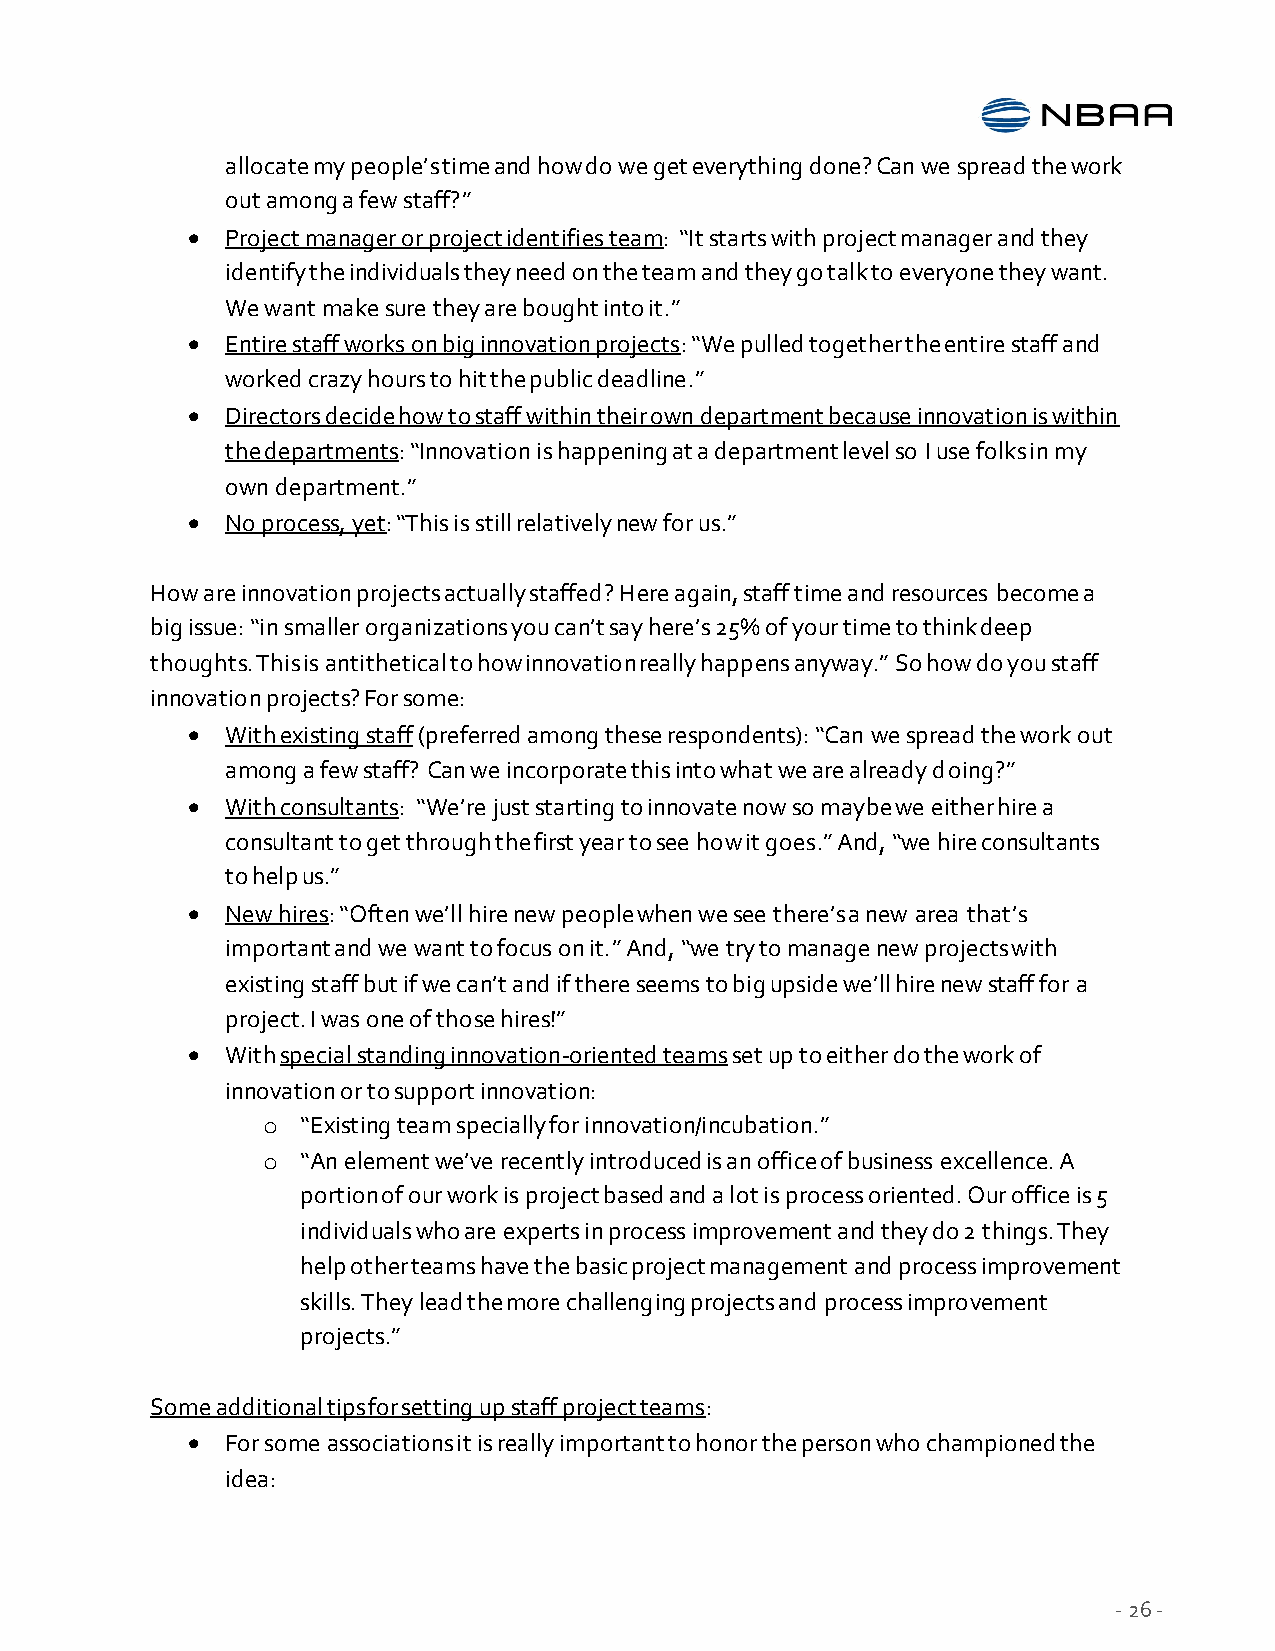
allocate my people’s time and how do we get everything done? Can we spread the work
 out among a few staff?”
   Project manager or project identifies team: “It starts with project manager and they
 identify the individuals they need on the team and they go talk to everyone they want.
 We want make sure they are bought into it.”
   Entire staff works on big innovation projects: “We pulled together the entire staff and
 worked crazy hours to hit the public deadline.”
   Directors decide how to staff within their own department because innovation is within
 the departments: “Innovation is happening at a department level so I use folks in my
 own department.”
   No process, yet: “This is still relatively new for us.”
 How are innovation projects actually staffed? Here again, staff time and resources become a
 big issue: “in smaller organizations you can’t say here’s 25% of your time to think deep
 thoughts. This is antithetical to how innovation really happens anyway.” So how do you staff
 innovation projects? For some:
   With existing staff (preferred among these respondents): “Can we spread the work out
 among a few staff? Can we incorporate this into what we are already doing?”
   With consultants: “We’re just starting to innovate now so maybe we either hire a
 consultant to get through the first year to see how it goes.” And, “we hire consultants
 to help us.”
   New hires: “Often we’ll hire new people when we see there’s a new area that’s
 important and we want to focus on it.” And, “we try to manage new projects with
 existing staff but if we can’t and if there seems to big upside we’ll hire new staff for a
 project. I was one of those hires!”
   With special standing innovation-oriented teams set up to either do the work of
 innovation or to support innovation:
 o  “Existing team specially for innovation/incubation.”
 o  “An element we’ve recently introduced is an office of business excellence. A
 portion of our work is project based and a lot is process oriented. Our office is 5
 individuals who are experts in process improvement and they do 2 things. They
 help other teams have the basic project management and process improvement
 skills. They lead the more challenging projects and process improvement
 projects.”
 Some additional tips for setting up staff project teams:
   For some associations it is really important to honor the person who championed the
 idea:
 - 26 -